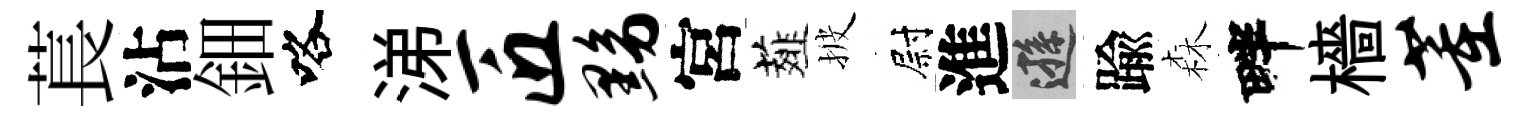
萇沾鈿咯涕匠黝宮薤披尉進遜踰森畔檣董